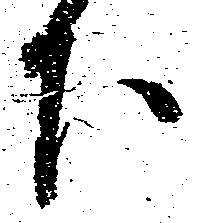
下